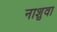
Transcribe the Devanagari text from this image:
नाशुवा